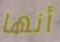
أنها